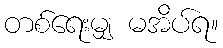
တစ်ရေးမျှ မအိပ်ရ။